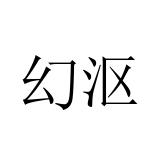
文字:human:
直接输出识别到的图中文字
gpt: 幻沤